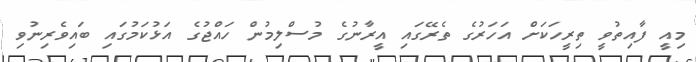
މިއީ ފާއިތުވީ ތިރީހަކަށް އަހަރުގެ ތެރޭގައި އީރާނުގެ މުސްލިމުން ހައްޖުގެ އަޅުކަމުގައި ބައިވެރިނުވި